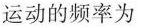
动的频率为 ()